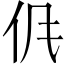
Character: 𱎤